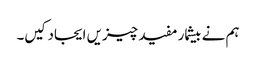
ہم نے بیشمار مفید چیزیں ایجاد کیں۔